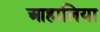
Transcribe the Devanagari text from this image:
आहालिया